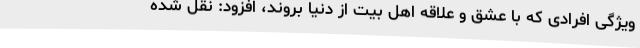
ویژگی افرادی که با عشق و علاقه اهل بیت از دنیا بروند، افزود: نقل شده